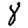
Digit: 8